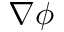
\nabla \phi